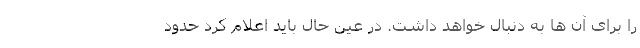
را برای آن ها به دنبال خواهد داشت. در عین حال باید اعلام کرد حدود